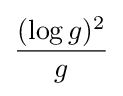
{\frac {(\log g)^{2}}{g}}